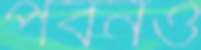
পবনও